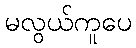
မလွယ်ကူပေ